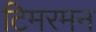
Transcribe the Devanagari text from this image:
टिमरमन